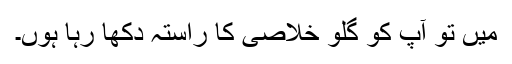
میں تو آپ کو گلو خلاصی کا راستہ دکھا رہا ہوں۔